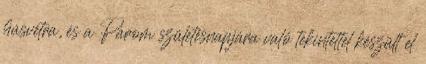
húsvétra, és a Párom születésnapjára való tekintettel készült el